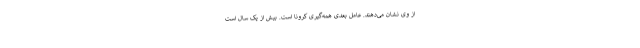
از وی نشان می‌دهند. عامل بعدی همه‌گیری کرونا است. بیش از یک سال است